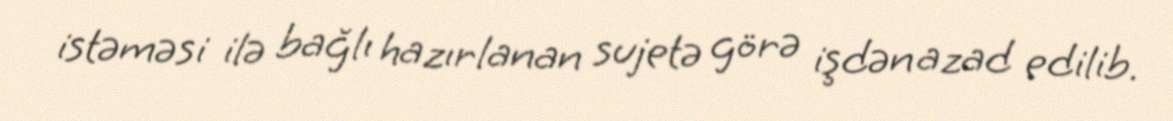
istəməsi ilə bağlı hazırlanan sujetə görə işdən azad edilib.